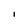
Character: l